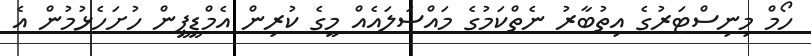
ހޯމް މިނިސްޓަރުގެ އިތުބާރު ނެތްކަމުގެ މައްސަލައެއް މީގެ ކުރިން އެމްޑީޕީން ހުށަހެޅުމުން އެ